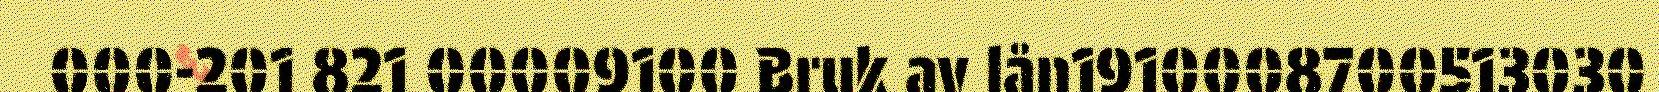
000-201 821 00009100 Bruk av lån1910008700513030